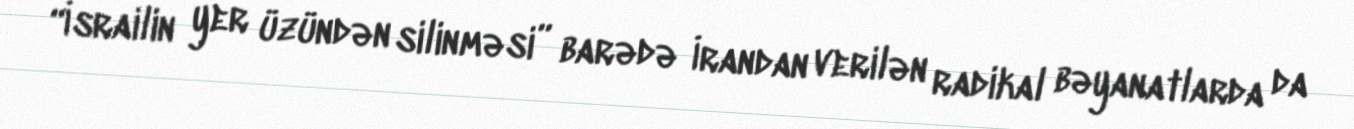
“İsrailin yer üzündən silinməsi” barədə İrandan verilən radikal bəyanatlarda da